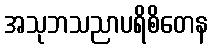
အသုဘသညာပရိစိတေန